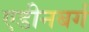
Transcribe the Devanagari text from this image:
एडीनबर्ग